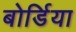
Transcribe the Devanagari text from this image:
बोर्डिया